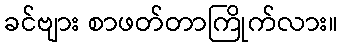
ခင်ဗျား စာဖတ်တာကြိုက်လား။